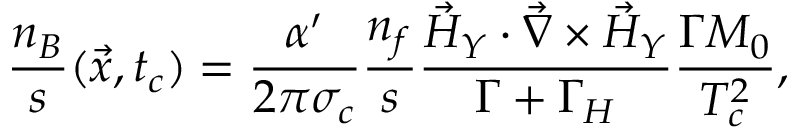
\frac { n _ { B } } { s } ( \vec { x } , t _ { c } ) = \frac { \alpha ^ { \prime } } { 2 \pi \sigma _ { c } } \frac { n _ { f } } { s } \frac { { \vec { { \cal H } } } _ { Y } \cdot \vec { \nabla } \times { \vec { { \cal H } } } _ { Y } } { \Gamma + \Gamma _ { { \cal H } } } \frac { \Gamma M _ { 0 } } { T _ { c } ^ { 2 } } ,